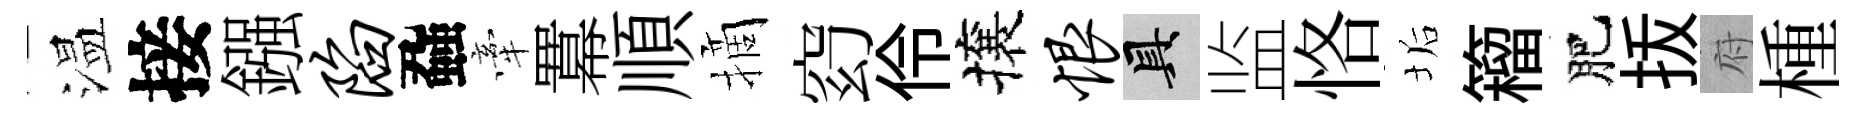
温接鏹陷蝨牽羃順摘𥥆伶攘恨具监恪垢籕肥㧞府㮔